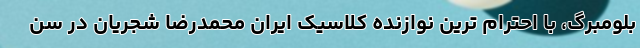
بلومبرگ، با احترام ترین نوازنده کلاسیک ایران محمدرضا شجریان در سن